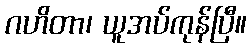
ဂဟိတာ၊ ယူအပ်ကုန်ပြီ။